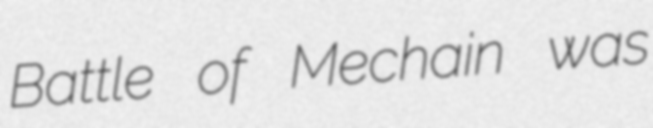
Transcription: Battle of Mechain was